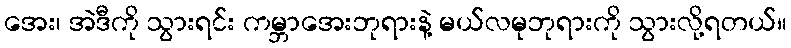
အေး၊ အဲဒီကို သွားရင်း ကမ္ဘာအေးဘုရားနဲ့ မယ်လမုဘုရားကို သွားလို့ရတယ်။